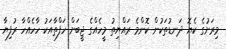
މިރަށުގެ ކެޔޮ ދަނޑުތަކުން ކޮންމެ ރައްޔިތު މީހެއްގެ ޖީބަށް ހަފްތާއަކު ހާހެއްހާ ރުފިޔާ